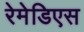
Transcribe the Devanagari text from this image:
रेमेडिएस